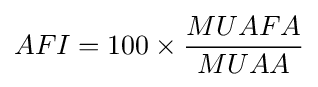
AFI=100\times {\frac {MUAFA}{MUAA}}